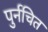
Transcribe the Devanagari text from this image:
पुर्नचित